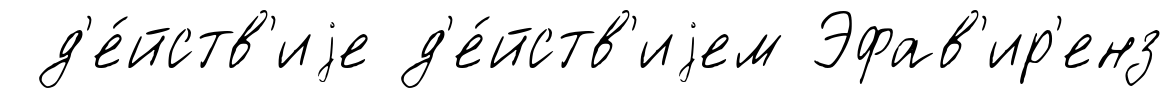
д'е́йств'иjе д'е́йств'иjем Эфав'ир'енз